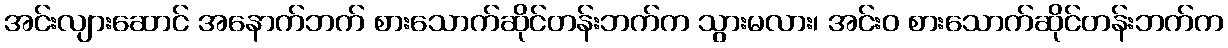
အင်းလျားဆောင် အနောက်ဘက် စားသောက်ဆိုင်တန်းဘက်က သွားမလား၊ အင်းဝ စားသောက်ဆိုင်တန်းဘက်က